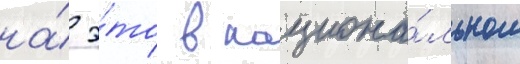
на́ э́то в национа́льном